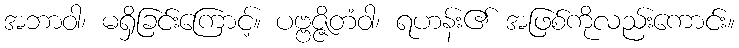
အဘာဝါ၊ မရှိခြင်းကြောင့်။ ပဗ္ဗဇ္ဇိတံဝါ၊ ရဟန်း၏ အဖြစ်ကိုလည်းကောင်း။